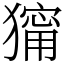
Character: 𤢆